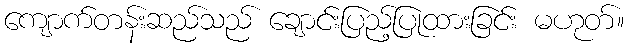
ကျောက်တန်းဆည်သည် ချောင်းပြည့်ပြုထားခြင်း မဟုတ်။